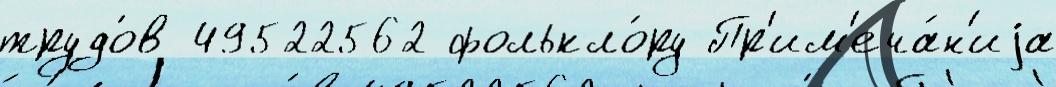
трудо́в 49522562 фолькло́ру Пр'им'еча́н'иjа